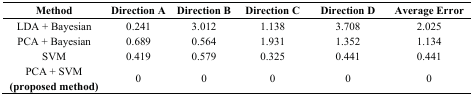
<table><thead><tr><td><b>Method</b></td><td><b>Direction A</b></td><td><b>Direction B</b></td><td><b>Direction C</b></td><td><b>Direction D</b></td><td><b>Average Error</b></td></tr></thead><tbody><tr><td>LDA + Bayesian</td><td>0.241</td><td>3.012</td><td>1.138</td><td>3.708</td><td>2.025</td></tr><tr><td>PCA + Bayesian</td><td>0.689</td><td>0.564</td><td>1.931</td><td>1.352</td><td>1.134</td></tr><tr><td>SVM</td><td>0.419</td><td>0.579</td><td>0.325</td><td>0.441</td><td>0.441</td></tr><tr><td>PCA + SVM <b>(proposed method)</b></td><td>0</td><td>0</td><td>0</td><td>0</td><td>0</td></tr></tbody></table>